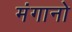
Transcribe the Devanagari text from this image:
मंगानो